Scientific memoirs by medical officers of the Army of India - Part VI,
Year: 1891
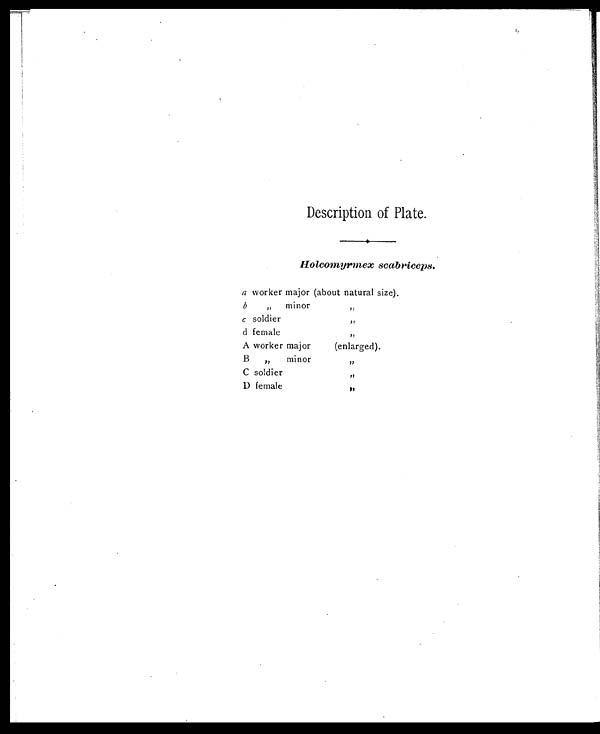
Description of Plate.
Holcomyrmex scabriceps.
a worker major (about natural size)
b
, , minor
, ,
C soldier
, ,
d female
, ,
A worker major
(enlarged).
B
„
minor
, ,
C soldier
, ,
D female
, ,